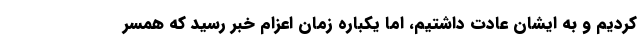
کردیم و به ایشان عادت داشتیم، اما یکباره زمان اعزام خبر رسید که همسر